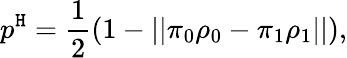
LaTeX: p^{\mathtt{H}}=\frac{1}{2}(1-||\pi_{0}\rho_{0}-\pi_{1}\rho_{1}||),